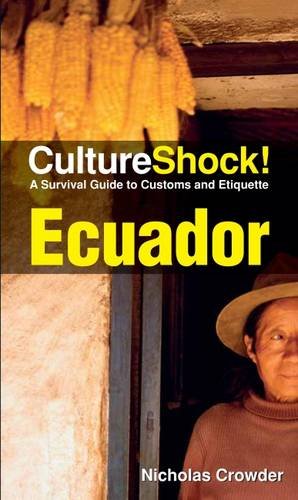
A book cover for Cultureshock Ecuador (Cultureshock Ecuador: A Survival Guide to Customs & Etiquette); Nicholas Crowder; Travel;